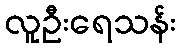
လူဦးရေသန်း